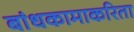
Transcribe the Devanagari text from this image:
बांधकामाकरिता